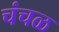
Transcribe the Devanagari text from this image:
चंचळ